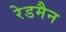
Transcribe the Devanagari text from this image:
रेडमैन